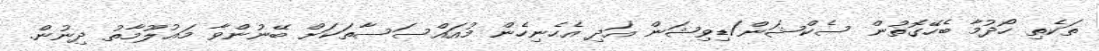
ތަކެތި ހޯދުމާ ބެހޭގޮތުން ސެކްޝަން/ޑިވިޝަން އަދި އެހެނިހެން މުއައްސަސާތަކަށް ބޭނުންވާ މަޢުލޫމާތު ދިނުން.